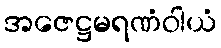
အဇေဋ္ဌမရဏံဝါယံ